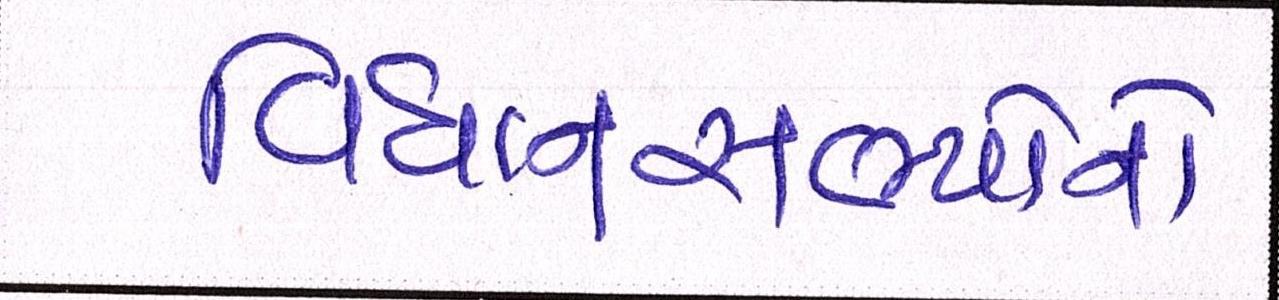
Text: વિધાનસભ્યોનો